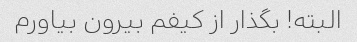
البته! بگذار از کیفم بیرون بیاورم